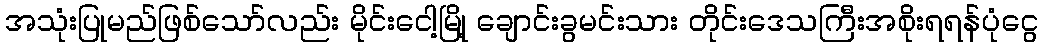
အသုံးပြုမည်ဖြစ်သော်လည်း မိုင်းငေါ့မြို့ ချောင်းခွမင်းသား တိုင်းဒေသကြီးအစိုးရရန်ပုံငွေ